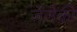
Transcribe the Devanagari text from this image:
जेलेकी